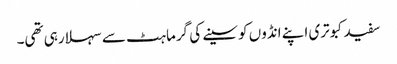
سفید کبوتری اپنے انڈوں کو سینے کی گرماہٹ سے سہلا رہی تھی۔